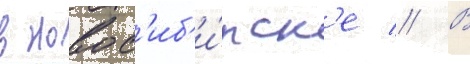
в новос'иб'и́рск'е // В